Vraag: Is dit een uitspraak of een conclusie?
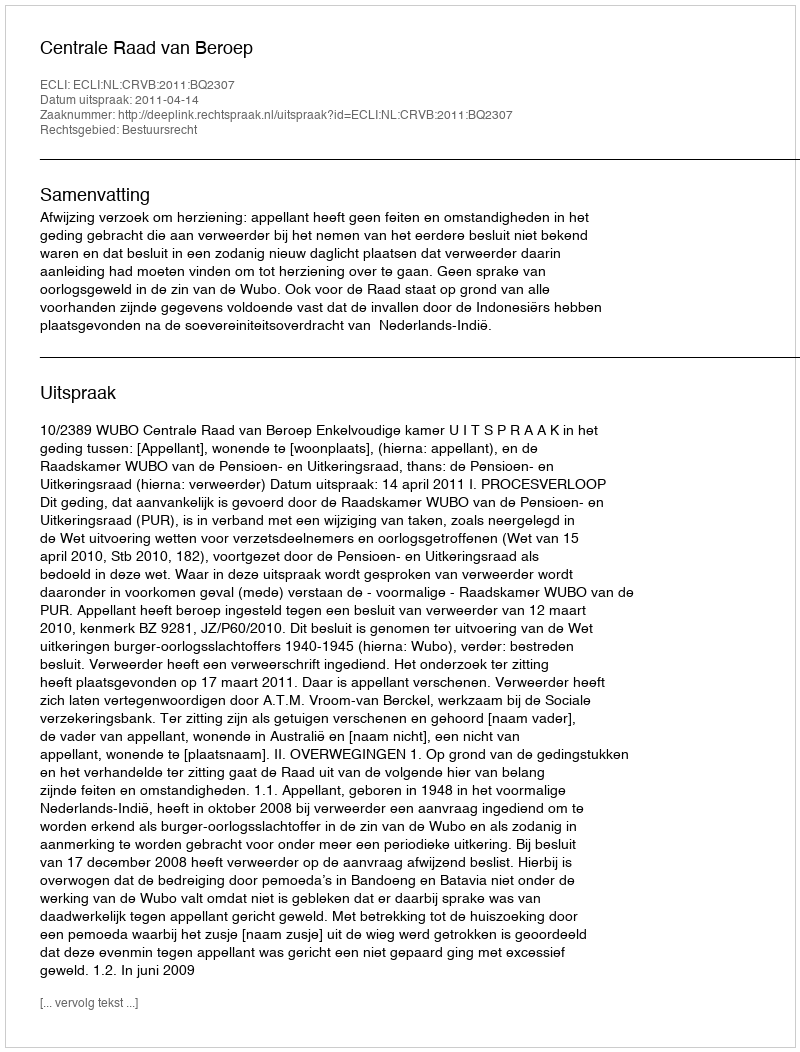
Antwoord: Uitspraak